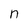
Character: n